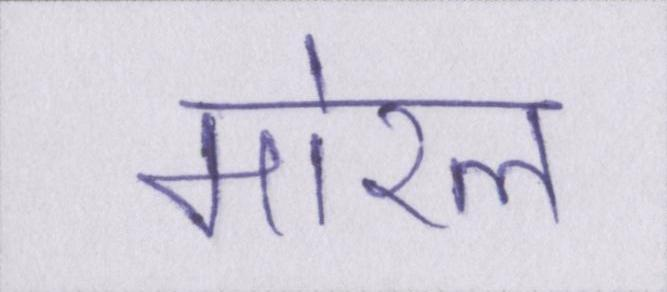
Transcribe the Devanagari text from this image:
मोरल